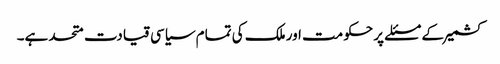
کشمیر کے مسئلے پر حکومت اور ملک کی تمام سیاسی قیادت متحد ہے۔